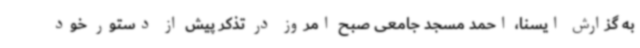
به گزارش ایسنا، احمد مسجد جامعی صبح امروز در تذکر پیش از دستور خود